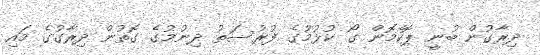
ދިރާގުން ބުނީ ޕޮކެމޮން ގޯ ކުޅުމުގެ ފުރުސަތު ދިނުމުގެ ގޮތުން ދިރާގުގެ މައި